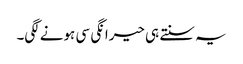
یہ سنتے ہی حیرانگی سی ہونے لگی۔